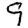
Digit: 9